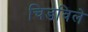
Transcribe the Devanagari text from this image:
चिडविले